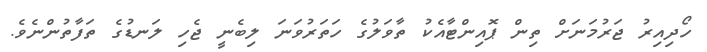
ހޯދިއިރު ޖަރުމަނަށް ތިން ޕޮއިންޓާއެކު ތާވަލުގެ ހަތަރުވަނަ ލިބެނީ ޖެހި ލަނޑުގެ ތަފާތުންނެވެ.